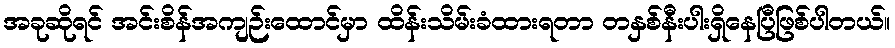
အခုဆိုရင် အင်းစိန်အကျဉ်းထောင်မှာ ထိန်းသိမ်းခံထားရတာ တနှစ်နီးပါးရှိနေပြီဖြစ်ပါတယ်။